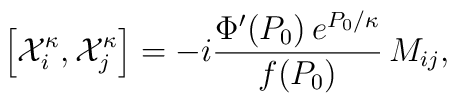
\left[{\cal X}^{\kappa}_i, {\cal X}^{\kappa}_j\right] = -i \frac{\Phi'(P_0)\, e^{P_0/\kappa}}{ f(P_0)} \, M_{ij},